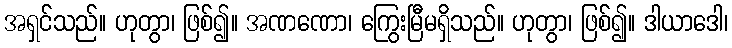
အရှင်သည်။ ဟုတွာ၊ ဖြစ်၍။ အဏဏော၊ ကြွေးမြီမရှိသည်။ ဟုတွာ၊ ဖြစ်၍။ ဒါယာဒေါ၊